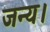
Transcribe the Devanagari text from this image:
जन्य।